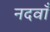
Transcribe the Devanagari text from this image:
नदवाँ